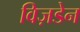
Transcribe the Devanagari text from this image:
विज़डेन